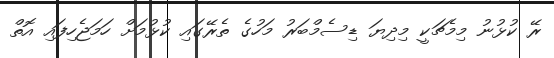
ރޭ ކުޅުނު މިމެޗަކީ މިދިޔަ ޑިސެމްބަރު މަހުގެ ތެރޭގައި ކުޅުމަށް ހަމަޖެހިފައި އޮތް